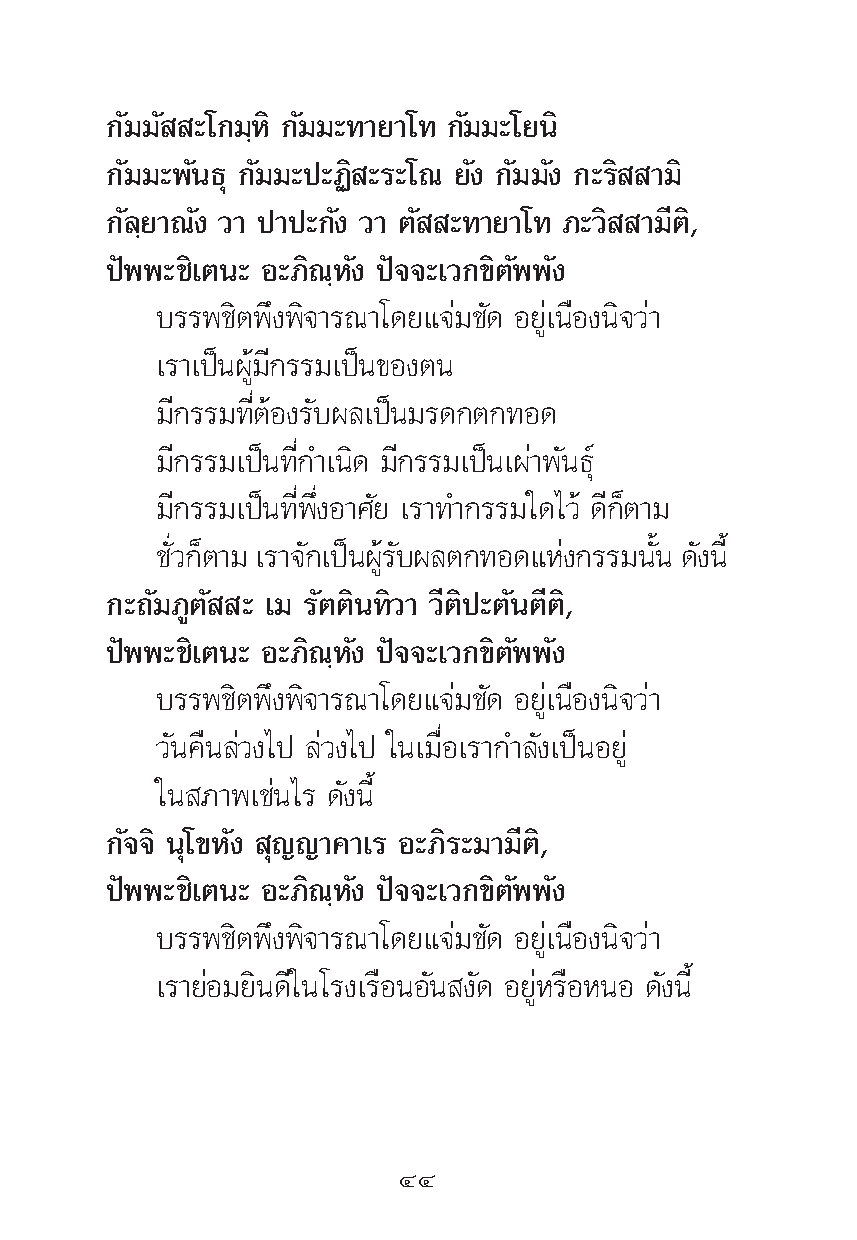
°—¡¡— –‚°¡⁄À‘ °—¡¡–∑“¬“‚∑ °—¡¡–‚¬π‘
 °—¡¡–æ—π∏ÿ °—¡¡–ª–Ø‘ –√–‚≥ ¬—ß °—¡¡—ß °–√‘ “¡‘
 °—≈⁄¬“≥—ß «“ ª“ª–°—ß «“ μ— –∑“¬“‚∑ ¿–«‘ “¡’μ‘,
 ªíææ–™‘‡μπ– Õ–¿‘≥⁄À—ß ªí®®–‡«°¢‘μ—ææ—ß
 ∫√√æ™‘μæ÷ßæ‘®“√≥“‚¥¬·®à¡™—¥ Õ¬Ÿà‡π◊Õßπ‘®«à“
 ‡√“‡ªìπºŸâ¡’°√√¡‡ªìπ¢Õßμπ
 ¡’°√√¡∑’ËμâÕß√—∫º≈‡ªìπ¡√¥°μ°∑Õ¥
 ¡’°√√¡‡ªìπ∑’Ë°”‡π‘¥ ¡’°√√¡‡ªìπ‡ºà“æ—π∏ÿå
 ¡’°√√¡‡ªìπ∑’Ëæ÷ËßÕ“»—¬ ‡√“∑”°√√¡„¥‰«â ¥’°Áμ“¡
 ™«Ë— °μÁ “¡ ‡√“®°— ‡ªπì º√âŸ ∫— º≈μ°∑Õ¥·Àßà °√√¡ππÈ— ¥ß— πÈ’
 °–∂—¡¿Ÿμ— – ‡¡ √—μμ‘π∑‘«“ «’μ‘ª–μ—πμ’μ‘,
 ªíææ–™‘‡μπ– Õ–¿‘≥⁄À—ß ªí®®–‡«°¢‘μ—ææ—ß
 ∫√√æ™‘μæ÷ßæ‘®“√≥“‚¥¬·®à¡™—¥ Õ¬Ÿà‡π◊Õßπ‘®«à“
 «—π§◊π≈à«ß‰ª ≈à«ß‰ª „π‡¡◊ËÕ‡√“°”≈—ß‡ªìπÕ¬Ÿà
 „π ¿“æ‡™àπ‰√ ¥—ßπ’È
 °—®®‘ πÿ‚¢À—ß ÿ≠≠“§“‡√ Õ–¿‘√–¡“¡’μ‘,
 ªíææ–™‘‡μπ– Õ–¿‘≥⁄À—ß ªí®®–‡«°¢‘μ—ææ—ß
 ∫√√æ™‘μæ÷ßæ‘®“√≥“‚¥¬·®à¡™—¥ Õ¬Ÿà‡π◊Õßπ‘®«à“
 ‡√“¬àÕ¡¬‘π¥’„π‚√ß‡√◊ÕπÕ—π ß—¥ Õ¬ŸàÀ√◊ÕÀπÕ ¥—ßπ’È
 ÙÙ